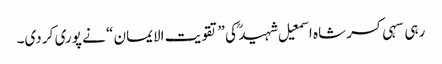
رہی سہی کسر شاہ اسمعیل شہید ؒ کی ”تقویت الایمان “ نے پوری کر دی۔